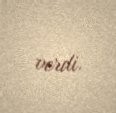
verdi.